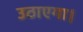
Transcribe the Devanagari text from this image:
उठाएगा।